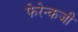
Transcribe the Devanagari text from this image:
फेरेन्कजी